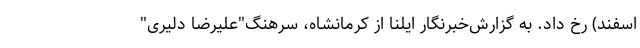
اسفند) رخ داد. به گزارش‌خبرنگار ایلنا از کرمانشاه، سرهنگ"علیرضا دلیری"